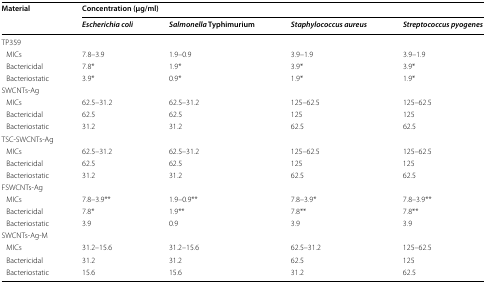
<table><thead><tr><td rowspan="2"><b>Material</b></td><td colspan="4"><b>Concentration (μg/ml)</b></td></tr><tr><td><b><i>Escherichia coli</i></b></td><td><b><i>Salmonella</i> Typhimurium</b></td><td><b><i>Staphylococcus aureus</i></b></td><td><b><i>Streptococcus pyogenes</i></b></td></tr></thead><tbody><tr><td colspan="5">TP359</td></tr><tr><td> MICs</td><td>7.8–3.9</td><td>1.9–0.9</td><td>3.9–1.9</td><td>3.9–1.9</td></tr><tr><td> Bactericidal</td><td>7.8*</td><td>1.9*</td><td>3.9*</td><td>3.9*</td></tr><tr><td> Bacteriostatic</td><td>3.9*</td><td>0.9*</td><td>1.9*</td><td>1.9*</td></tr><tr><td colspan="5">SWCNTs-Ag</td></tr><tr><td> MICs</td><td>62.5–31.2</td><td>62.5–31.2</td><td>125–62.5</td><td>125–62.5</td></tr><tr><td> Bactericidal</td><td>62.5</td><td>62.5</td><td>125</td><td>125</td></tr><tr><td> Bacteriostatic</td><td>31.2</td><td>31.2</td><td>62.5</td><td>62.5</td></tr><tr><td colspan="5">TSC-SWCNTs-Ag</td></tr><tr><td> MICs</td><td>62.5–31.2</td><td>62.5–31.2</td><td>125–62.5</td><td>125–62.5</td></tr><tr><td> Bactericidal</td><td>62.5</td><td>62.5</td><td>125</td><td>125</td></tr><tr><td> Bacteriostatic</td><td>31.2</td><td>31.2</td><td>62.5</td><td>62.5</td></tr><tr><td colspan="5">FSWCNTs-Ag</td></tr><tr><td> MICs</td><td>7.8–3.9**</td><td>1.9–0.9**</td><td>7.8–3.9*</td><td>7.8–3.9**</td></tr><tr><td> Bactericidal</td><td>7.8*</td><td>1.9**</td><td>7.8**</td><td>7.8**</td></tr><tr><td> Bacteriostatic</td><td>3.9</td><td>0.9</td><td>3.9</td><td>3.9</td></tr><tr><td colspan="5">SWCNTs-Ag-M</td></tr><tr><td> MICs</td><td>31.2–15.6</td><td>31.2–15.6</td><td>62.5–31.2</td><td>125–62.5</td></tr><tr><td> Bactericidal</td><td>31.2</td><td>31.2</td><td>62.5</td><td>125</td></tr><tr><td> Bacteriostatic</td><td>15.6</td><td>15.6</td><td>31.2</td><td>62.5</td></tr></tbody></table>